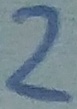
Text: 2